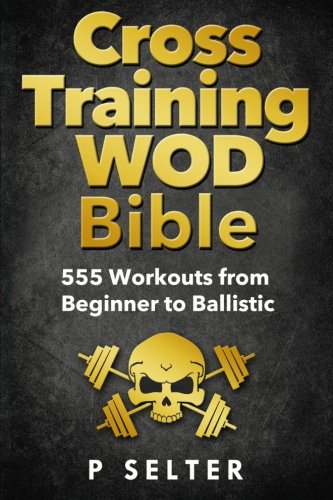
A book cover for Cross Training WOD Bible: 555 Workouts from Beginner to Ballistic; P Selter; Health, Fitness & Dieting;